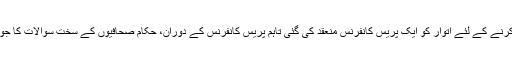
اس حادثے کے بارے میں ابتدائی تفصیلات منظرعام کرنے کے لئے اتوار کو ایک پریس کانفرنس منعقد کی گئی تاہم پریس کانفرنس کے دوران، حکام صحافیوں کے سخت سوالات کا جواب نہ دے سکے اور بہت سے سوالات تشنہ ہی رہے۔